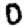
Digit: 0